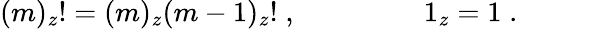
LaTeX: (m)_{z}!=(m)_{z}(m-1)_{z}!\; ,\; \; \; \; \; \; \; \; \; \; \; \; \; \; \; \; 1_{z}=1\; .\; \; \; \; \; \; \; \; \; \; \;